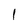
Character: l